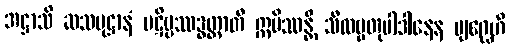
အဋ္ဌာသိ ဆသမုဋ္ဌာနံ ပဋိပ္ပဿဒ္ဓတ္တာတိ ဣမိဿန္တိ သီလဗ္ဗတုပါဒါနေန ဗျဂ္ဃေဟိ